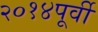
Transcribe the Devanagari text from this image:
२०१४पूर्वी